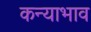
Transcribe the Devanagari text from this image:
कन्याभाव